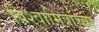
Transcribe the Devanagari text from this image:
विश्वामित्रांच्या